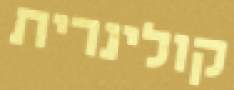
קולינרית